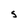
Character: s